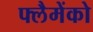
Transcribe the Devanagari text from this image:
फ्लैमेंको